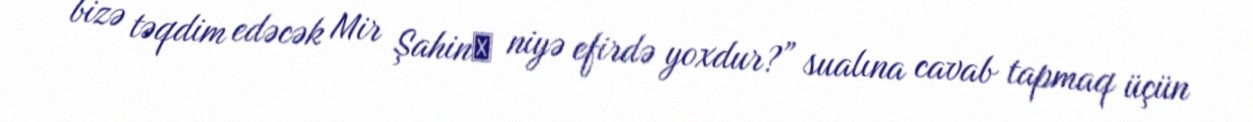
bizə təqdim edəcək Mir Şahin​ niyə efirdə yoxdur?” sualına cavab tapmaq üçün